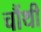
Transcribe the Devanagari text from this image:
चौंथी